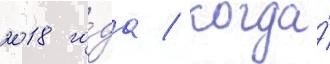
2018 го́да / когда́